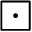
\boxdot